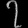
Digit: ၇